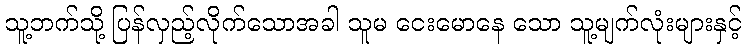
သူ့ဘက်သို့ ပြန်လှည့်လိုက်သောအခါ သူမ ငေးမောနေ သော သူ့မျက်လုံးများနှင့်